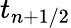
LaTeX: t_{n+1/2}